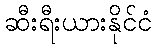
ဆီးရီးယားနိုင်ငံ